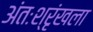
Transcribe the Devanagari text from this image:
अंतःश्रृंखला